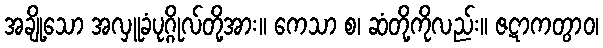
အချို့သော အလှူခံပုဂ္ဂိုလ်တို့အား။ ကေသာ စ၊ ဆံတို့ကိုလည်း။ ဇဋာကတွာဝ၊